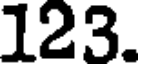
123.